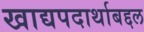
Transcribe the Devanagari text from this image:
खाद्यपदार्थाबद्दल